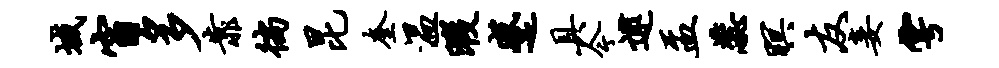
域窗多靠徜昆奎温暇蹙具今逮盂蕊暝友妾雩